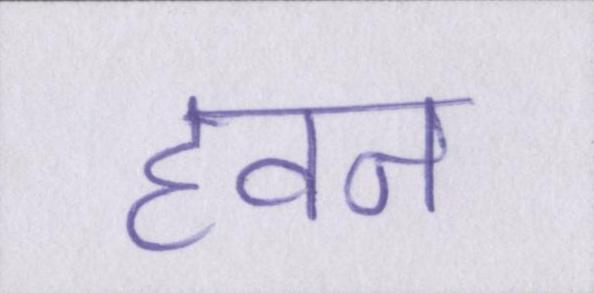
हवन